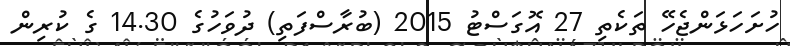
ހުށަހަޅަންޖެހޭ ތަކެތި 27 އޮގަސްޓު 2015 (ބުރާސްފަތި) ދުވަހުގެ 14.30 ގެ ކުރިން